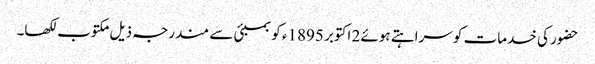
حضور کی خدمات کو سراہتے ہوئے 2 اکتوبر 1895ء کو بمبئی سے مندرجہ ذیل مکتوب لکھا۔